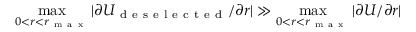
\operatorname* { m a x } _ { 0 < r < r _ { \mathrm { ~ m ~ a ~ x ~ } } } | \partial U _ { \mathrm { ~ d ~ e ~ s ~ e ~ l ~ e ~ c ~ t ~ e ~ d ~ } } / \partial r | \gg \operatorname* { m a x } _ { 0 < r < r _ { \mathrm { ~ m ~ a ~ x ~ } } } | \partial U / \partial r |